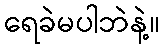
ရေခဲမပါဘဲနဲ့။